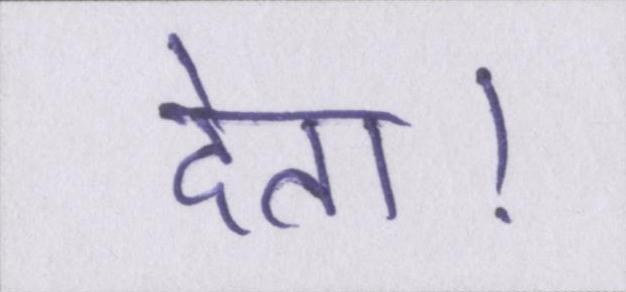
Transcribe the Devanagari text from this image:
देता।